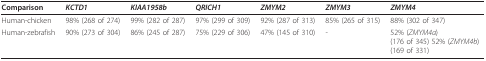
<table><thead><tr><td><b>Comparison</b></td><td><b><i>KCTD1</i></b></td><td><b><i>KIAA1958b</i></b></td><td><b><i>QRICH1</i></b></td><td><b><i>ZMYM2</i></b></td><td><b><i>ZMYM3</i></b></td><td><b><i>ZMYM4</i></b></td></tr></thead><tbody><tr><td>Human-chicken</td><td>98% (268 of 274)</td><td>99% (282 of 287)</td><td>97% (299 of 309)</td><td>92% (287 of 313)</td><td>85% (265 of 315)</td><td>88% (302 of 347)</td></tr><tr><td>Human-zebrafish</td><td>90% (273 of 304)</td><td>86% (245 of 287)</td><td>75% (229 of 306)</td><td>47% (145 of 310)</td><td>-</td><td>52% (<i>ZMYM4a</i>)(176 of 345) 52% (<i>ZMYM4b</i>)(169 of 331)</td></tr></tbody></table>